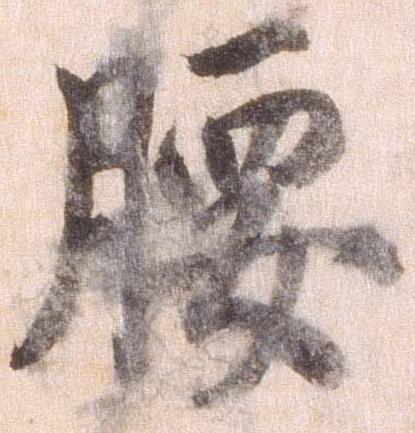
腰